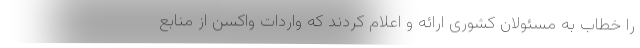
را خطاب به مسئولان کشوری ارائه و اعلام کردند که واردات واکسن از منابع